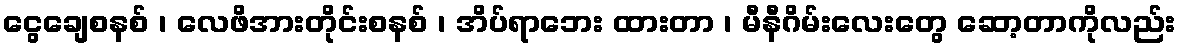
ငွေချေစနစ် ၊ လေဖိအားတိုင်းစနစ် ၊ အိပ်ရာဘေး ထားတာ ၊ မီနီဂိမ်းလေးတွေ ဆော့တာကိုလည်း